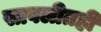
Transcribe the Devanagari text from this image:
सावलीतही